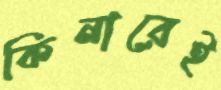
কিনারেই